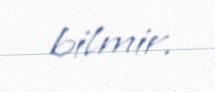
bilmir.